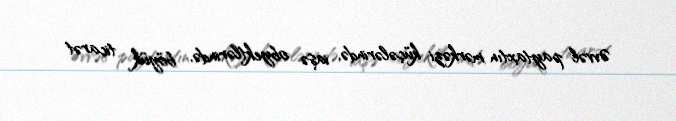
Əvvəl paytaxtın mərkəzi küçələrində, iaşə obyektlərində, böyük ticarət